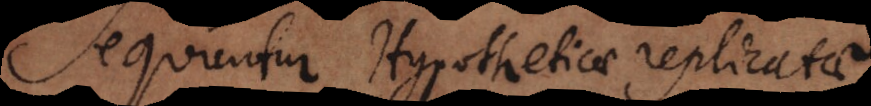
Sequuntur Hypotheticae replicatae